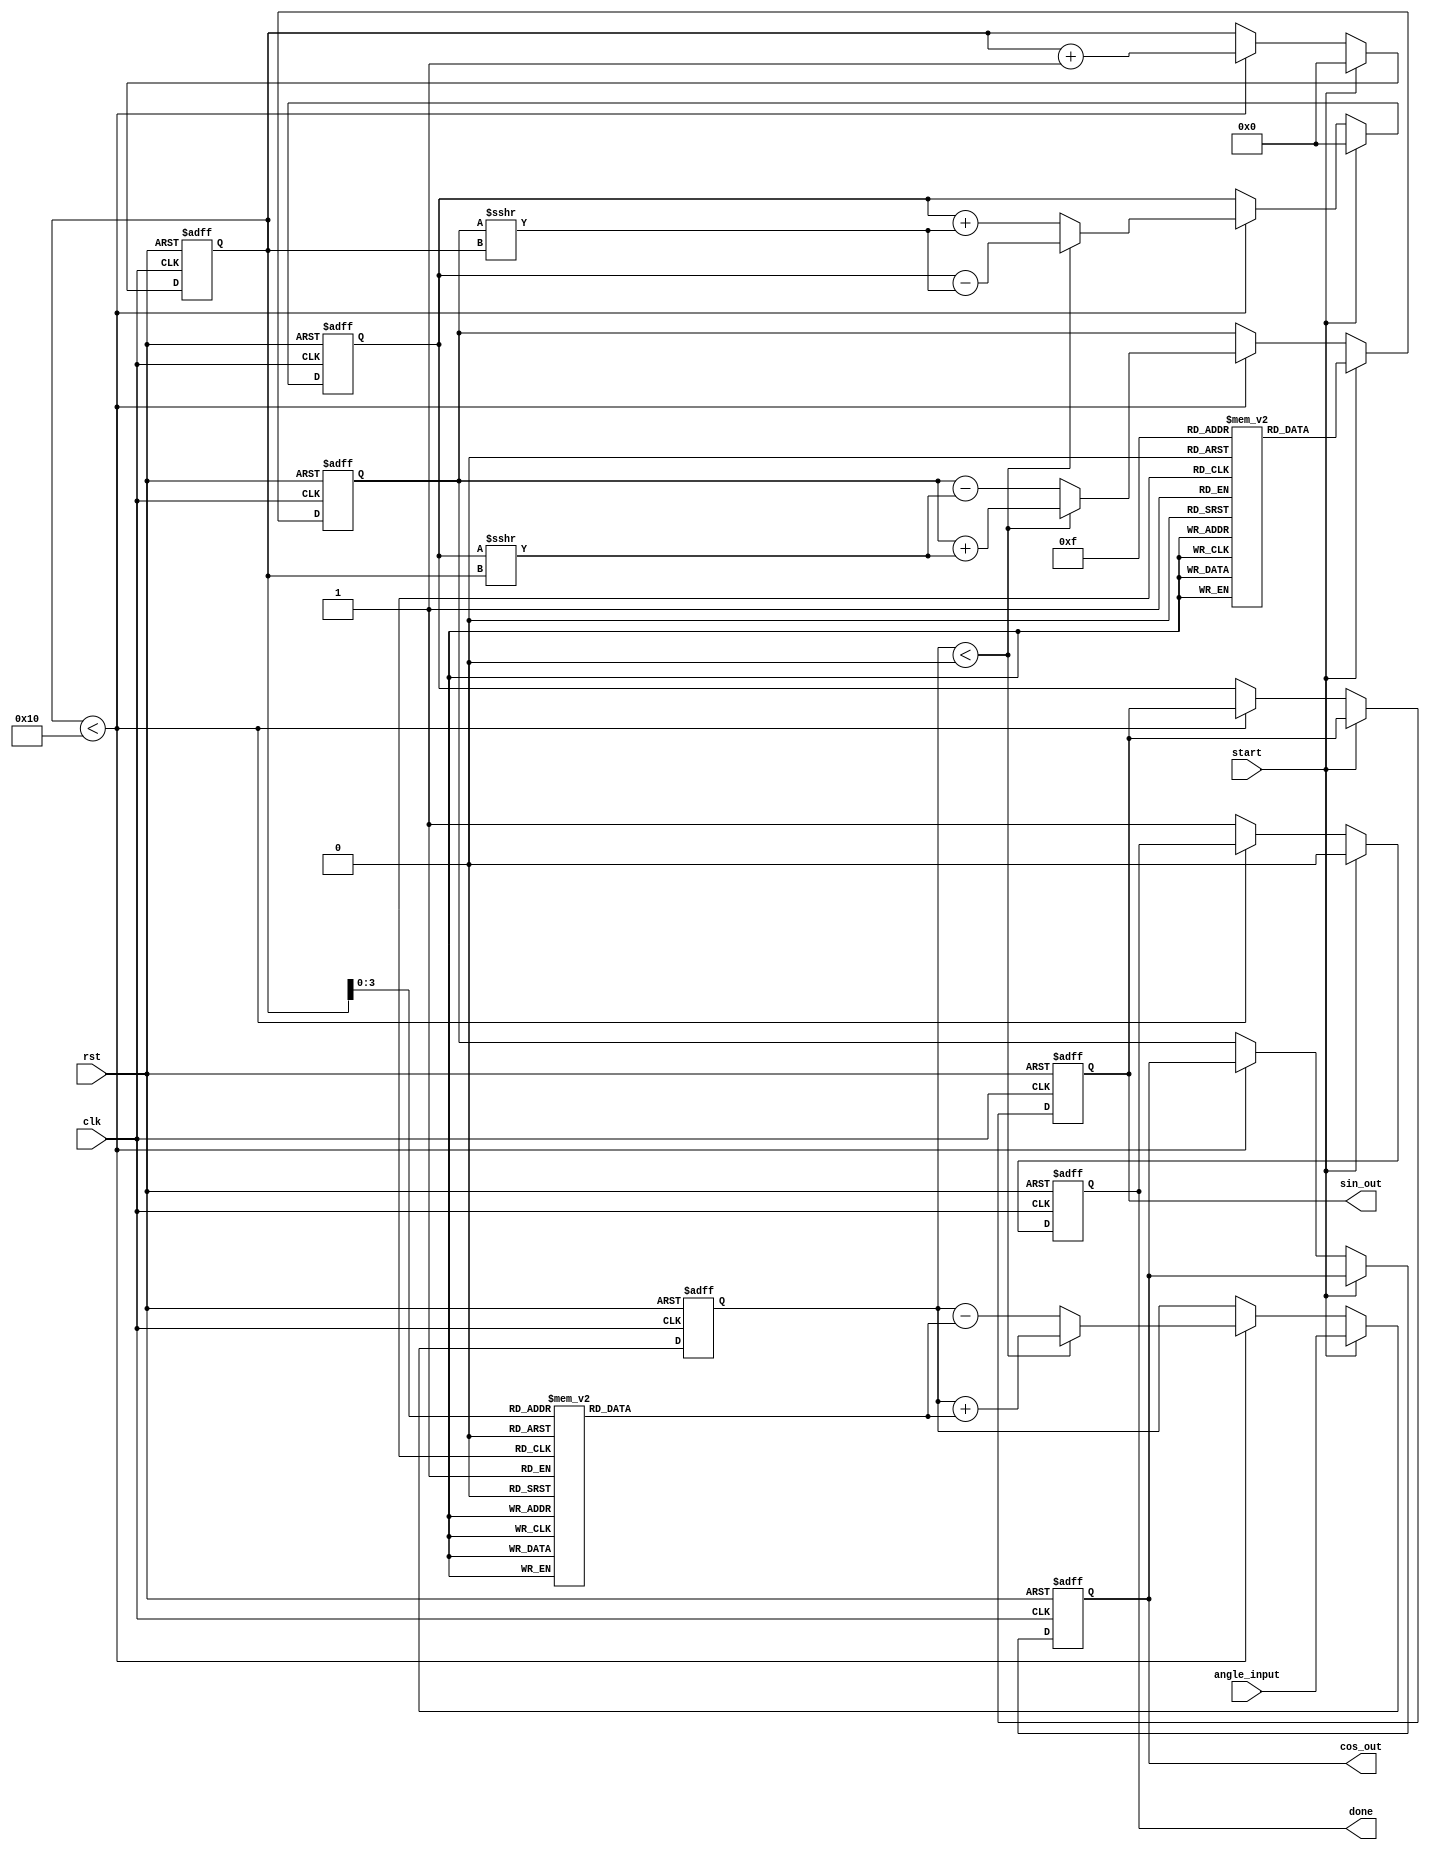
module CORDIC #(parameter DATA_WIDTH = 16,
                parameter LUT_SIZE = 16,
                parameter NUM_ITERATIONS = 16) (
    input wire clk,
    input wire rst,
    input wire [DATA_WIDTH-1:0] angle_input,  // Input angle in radians
    input wire start,
    output reg [DATA_WIDTH-1:0] cos_out,       // Cosine output
    output reg [DATA_WIDTH-1:0] sin_out,       // Sine output
    output reg done
);

    // LUTs for angles (arctan values) and scaling factors
    reg [DATA_WIDTH-1:0] angle_lut [0:LUT_SIZE-1];
    reg [DATA_WIDTH-1:0] scaling_lut [0:LUT_SIZE-1];

    // Registers for the CORDIC computation
    reg [DATA_WIDTH-1:0] x, y, z;
    reg [NUM_ITERATIONS-1:0] i;
    reg [NUM_ITERATIONS-1:0] iter_count;
    
    // Initialize LUTs (could also load from ROM in a real design)
    initial begin
        // Example LUT values (arctan values and scaling factors)
        angle_lut[0] = 16'h0000; // atan(1) = 0
        angle_lut[1] = 16'h0D89; // atan(1/2) in fixed-point representation
        angle_lut[2] = 16'h1C71; // atan(1/4)
        angle_lut[3] = 16'h2D84; // atan(1/8)
        // Fill in remaining look-up table values...

        scaling_lut[0] = 16'h0000; // Scaling factor for 0 iterations
        // Fill in corresponding scaling values...
    end

    // State Control
    always @(posedge clk or posedge rst) begin
        if (rst) begin
            iter_count <= 0;
            done <= 0;
            cos_out <= 0;
            sin_out <= 0;
            x <= 16'h0001; // Initial x = 1 (cosine part)
            y <= 16'h0000; // Initial y = 0 (sine part)
            z <= 0;       // Initial angle
        end
        else if (start) begin
            // Load input angle
            z <= angle_input;
            iter_count <= 0;
            done <= 0;
            x <= scaling_lut[NUM_ITERATIONS - 1]; // Initial x scaled
            y <= 0; // Initial y
        end
        else if (iter_count < NUM_ITERATIONS) begin
            // CORDIC Iteration Logic
            if (z < 0) begin
                x <= x + (y >>> iter_count); // Shift right is division by 2
                y <= y - (x >>> iter_count);
                z <= z + angle_lut[iter_count];
            end
            else begin
                x <= x - (y >>> iter_count);
                y <= y + (x >>> iter_count);
                z <= z - angle_lut[iter_count];
            end
            iter_count <= iter_count + 1;
        end
        else begin
            // Final output after iterations are complete
            done <= 1;
            cos_out <= x;
            sin_out <= y;
        end
    end
    
endmodule